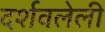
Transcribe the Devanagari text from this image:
दर्शवलेली